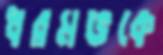
ধরমভকে